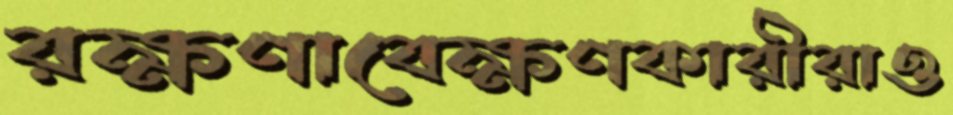
রক্ষণাবেক্ষণকারীরাও